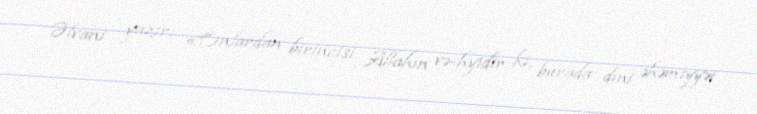
Əlvani yazır: «Onlardan birincisi Allahın və-hyidir ki, burada dini əhəmiyyət